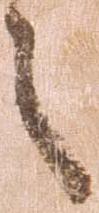
之